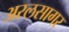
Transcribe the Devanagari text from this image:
अरलसागर